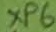
Text: XP6